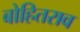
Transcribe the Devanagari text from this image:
बोहितराव